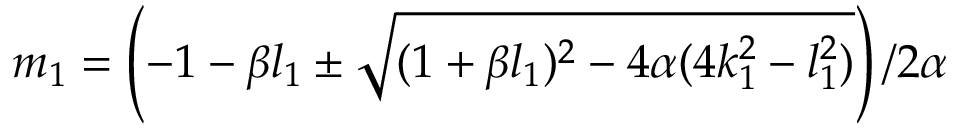
m _ { 1 } = \left( { - 1 - \beta l _ { 1 } \pm \sqrt { ( 1 + \beta l _ { 1 } ) ^ { 2 } - 4 \alpha ( 4 k _ { 1 } ^ { 2 } - l _ { 1 } ^ { 2 } ) } } \right) / { 2 \alpha }